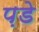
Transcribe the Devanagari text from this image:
प़डे